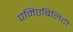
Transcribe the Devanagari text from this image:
पमिएबिलिटी